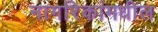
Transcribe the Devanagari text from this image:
नागरिकांमधील